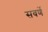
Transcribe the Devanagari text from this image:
सवर्णे